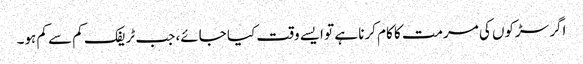
اگر سڑکوں کی مرمت کا کام کرنا ہے تو ایسے وقت کیا جائے، جب ٹریفک کم سے کم ہو۔